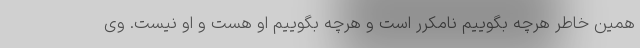
همین خاطر هرچه بگوییم نامکرر است و هرچه بگوییم او هست و او نیست. وی